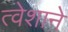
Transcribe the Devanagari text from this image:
त्वेशाने